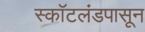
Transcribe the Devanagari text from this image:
स्कॉटलंडपासून